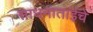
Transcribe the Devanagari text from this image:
साधनाताईंचे